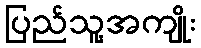
ပြည်သူ့အကျိုး